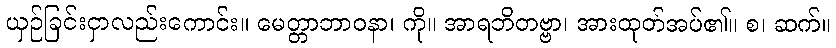
ယှဉ်ခြင်းငှာလည်းကောင်း။ မေတ္တာဘာဝနာ၊ ကို။ အာရဘိတဗ္ဗာ၊ အားထုတ်အပ်၏။ စ၊ ဆက်။